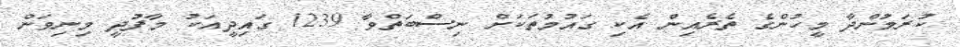
ކުރަމުންދާ މީހުންގެ ތެރެއިން އެކި ގައުމުތަކަށް ނިސްބަތްވާ 1239 ގައިދީއަކު މާފުދީ މިނިވަން